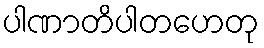
ပါဏာတိပါတဟေတု